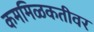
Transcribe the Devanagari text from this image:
कममिळकतीवर